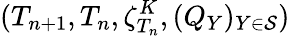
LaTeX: (T_{n+1},T_{n},\zeta_{T_{n}}^{K},(Q_{Y})_{Y\in\mathcal{S}})